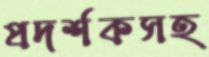
প্রদর্শকসহ